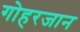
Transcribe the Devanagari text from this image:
गोहरजान